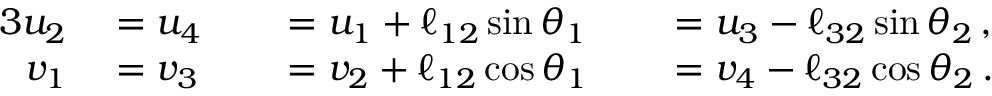
\begin{array} { r l r l r l } { { 3 } \vphantom { f ^ { 2 } } { } u _ { 2 } } & { { } = u _ { 4 } } & { } & { { } = u _ { 1 } + \ell _ { 1 2 } \sin { \theta } _ { 1 } } & { } & { { } = u _ { 3 } - \ell _ { 3 2 } \sin { \theta } _ { 2 } \, , } \\ { v _ { 1 } } & { { } = v _ { 3 } } & { } & { { } = v _ { 2 } + \ell _ { 1 2 } \cos { \theta } _ { 1 } } & { } & { { } = v _ { 4 } - \ell _ { 3 2 } \cos { \theta } _ { 2 } \, . } \end{array}